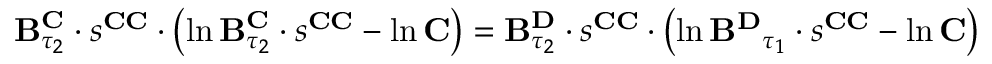
\begin{array} { r } { \mathbf { B } _ { \tau _ { 2 } } ^ { \mathbf { C } } \cdot s ^ { \mathbf { C C } } \cdot \left( \ln \mathbf { B } _ { \tau _ { 2 } } ^ { \mathbf { C } } \cdot s ^ { \mathbf { C C } } - \ln \mathbf { C } \right) = \mathbf { B } _ { \tau _ { 2 } } ^ { \mathbf { D } } \cdot s ^ { \mathbf { C C } } \cdot \left( \ln \mathbf { B ^ { \mathbf { D } } } _ { \tau _ { 1 } } \cdot s ^ { \mathbf { C C } } - \ln \mathbf { C } \right) } \end{array}